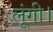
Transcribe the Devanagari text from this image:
लूंगी।